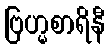
ဗြဟ္မစာရိနီ